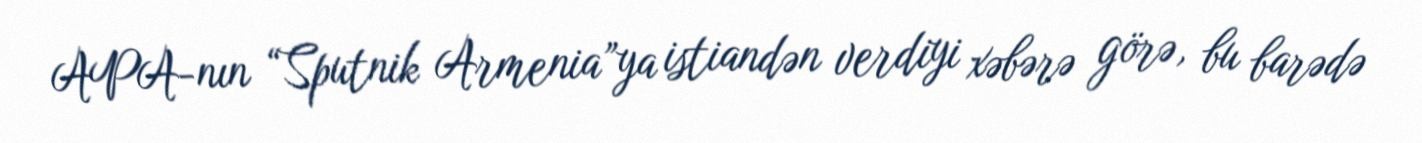
APA-nın “Sputnik Armenia”ya istiandən verdiyi xəbərə görə, bu barədə